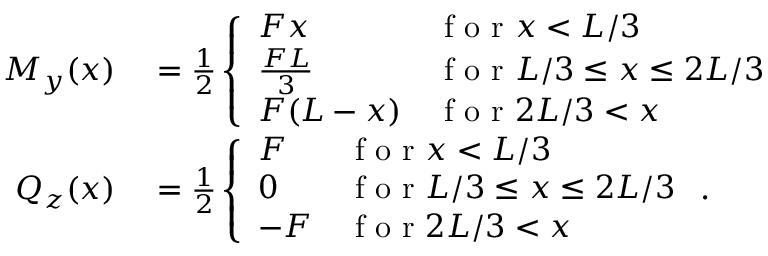
\begin{array} { r l } { M _ { y } ( x ) } & { { } = \frac { 1 } { 2 } \left\{ \begin{array} { l l } { F x } & { \mathrm { ~ f ~ o ~ r ~ } x < L / 3 } \\ { \frac { F L } { 3 } } & { \mathrm { ~ f ~ o ~ r ~ } L / 3 \leq x \leq 2 L / 3 } \\ { F ( L - x ) } & { \mathrm { ~ f ~ o ~ r ~ } 2 L / 3 < x } \end{array} \right. } \\ { Q _ { z } ( x ) } & { { } = \frac { 1 } { 2 } \left\{ \begin{array} { l l } { F } & { \mathrm { ~ f ~ o ~ r ~ } x < L / 3 } \\ { 0 } & { \mathrm { ~ f ~ o ~ r ~ } L / 3 \leq x \leq 2 L / 3 } \\ { - F } & { \mathrm { ~ f ~ o ~ r ~ } 2 L / 3 < x } \end{array} \right. . } \end{array}